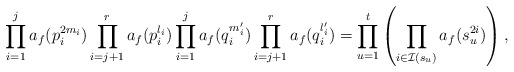
\begin{align*}\prod_{i=1}^j a_f(p_i^{2m_i})\prod_{i=j+1}^r a_f(p_i^{l_i})\prod_{i=1}^j a_f(q_i^{m_i'})\prod_{i=j+1}^r a_f(q_i^{l'_i}) = \prod_{u=1}^ t \left(\prod_{i \in \mathcal I(s_u)} a_f(s_u^{2i})\right),\end{align*}